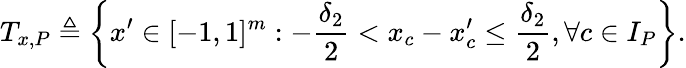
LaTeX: T_{x,P}\triangleq\left\{ x^{\prime}\in[-1,1]^{m}:-\frac{\delta_{2}}{2}<x_{c}-x_{c}^{\prime}\leq\frac{\delta_{2}}{2},\forall c\in I_{P}\right\} .